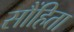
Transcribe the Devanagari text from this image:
सौंहिता